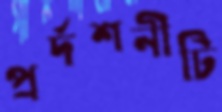
প্রর্দশনীটি